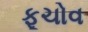
ફૂચોવ